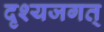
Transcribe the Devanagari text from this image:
दृश्यजगत्‌